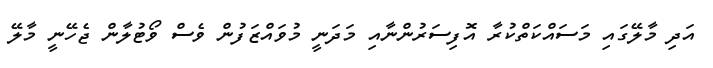
އަދި މާލޭގައި މަސައްކަތްކުރާ އޮފިސަރުންނާއި މަދަނީ މުވައްޒަފުން ވެސް ވޯޓުލާން ޖެހޭނީ މާލޭ